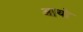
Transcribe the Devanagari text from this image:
आथो